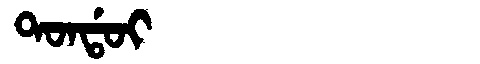
Manchu: ᡨᠣᠨᡩᠣᡳ
Romanization: TONDOI